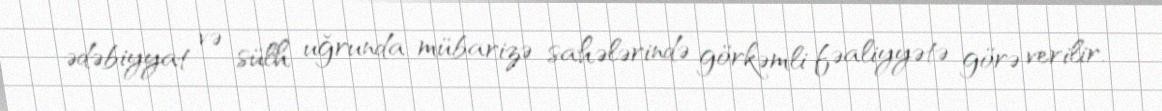
ədəbiyyat və sülh uğrunda mübarizə sahələrində görkəmli fəaliyyətə görə verilir.